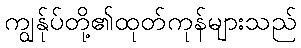
ကျွန်ုပ်တို့၏ထုတ်ကုန်များသည်